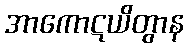
အာကောဋယိတွာန